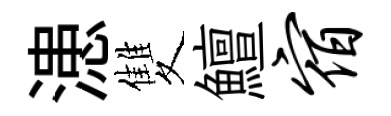
漶雙鱣宿